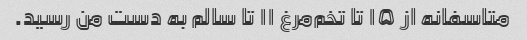
متاسفانه از ۱۵ تا تخم‌مرغ ۱۱ تا سالم به دست من رسید.